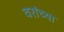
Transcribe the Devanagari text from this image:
वरांच्या